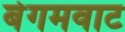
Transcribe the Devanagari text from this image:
बेगमवाट